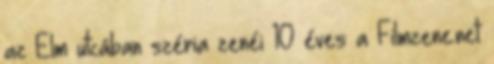
az Elm utcában széria zenéi 10 éves a Filmzene.net